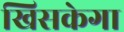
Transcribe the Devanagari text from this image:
खिसकेगा